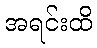
အရင်းထိ